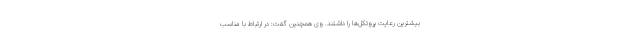
بیشترین رعایت پروتکل‌ها را داشتند. وی همچنین گفت: در ارتباط با مناسب